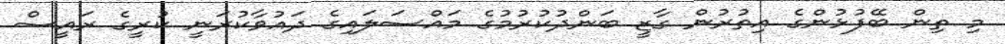
މި ތިން ބޭފުޅުންގެ އިތުރުން ގާޒީ ބަންދުކުރުމުގެ މައްސަލައިގެ ދައުވާކުރަނީ ކުރީގެ ރައީސް